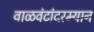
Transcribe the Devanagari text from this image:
वाळवंटांदरम्यान